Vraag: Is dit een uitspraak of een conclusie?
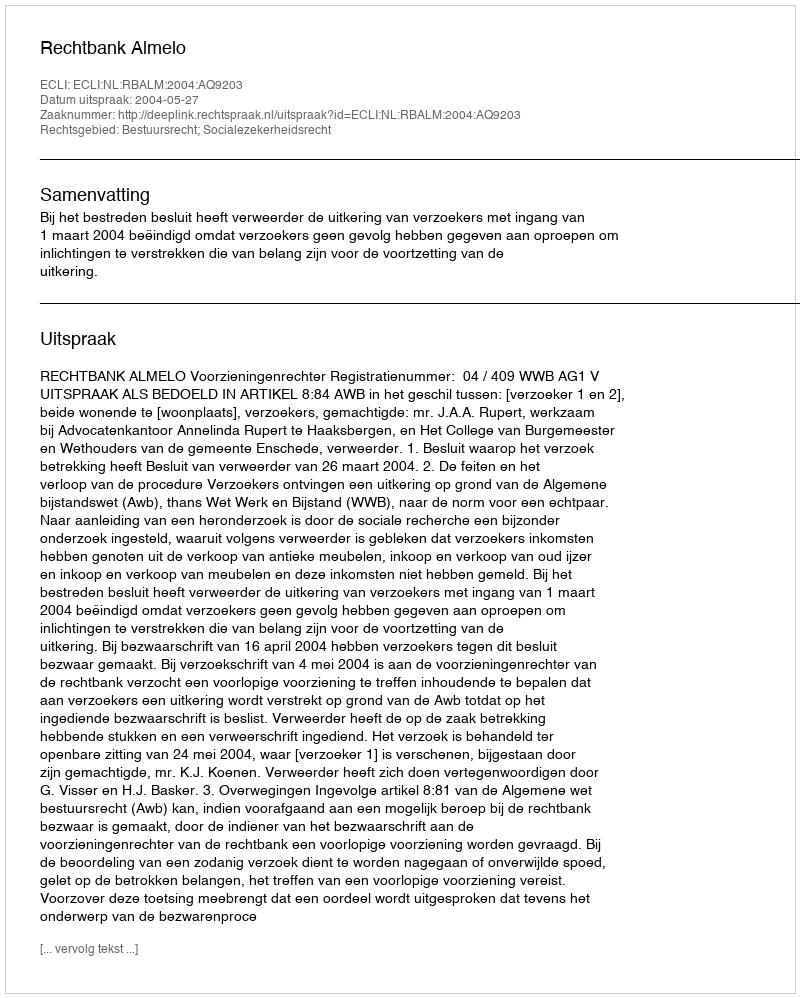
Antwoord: Uitspraak